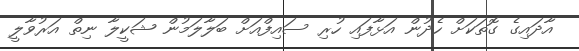
އާދައިގެ ގޮތަކަށް ހެދުން އަޅާފައި ހުރި ސައިފްއަށް ބަލާލަމުން ޝަކީލާ ނިތް އަރުވާލީ